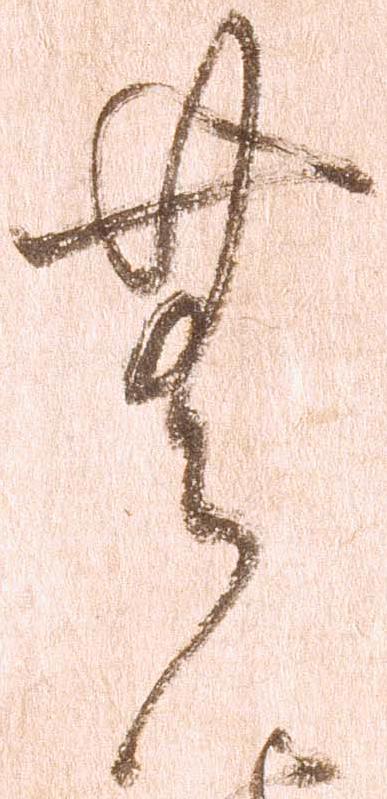
無